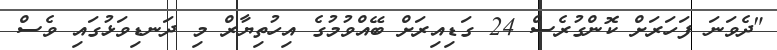
"ދެވަނަ ފަހަރަށް ކޮންގުރެސް 24 ގަޑިއިރަށް ބޭއްވުމުގެ އިހުތިޔާރް މި ދަނޑިވަޅުގައި ވެސް